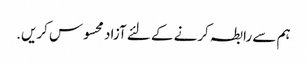
ہم سے رابطہ کرنے کے لئے آزاد محسوس کریں.